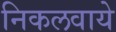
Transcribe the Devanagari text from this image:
निकलवाये